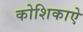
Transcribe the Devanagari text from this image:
कोशिकाऐ